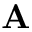
\mathbf { A }